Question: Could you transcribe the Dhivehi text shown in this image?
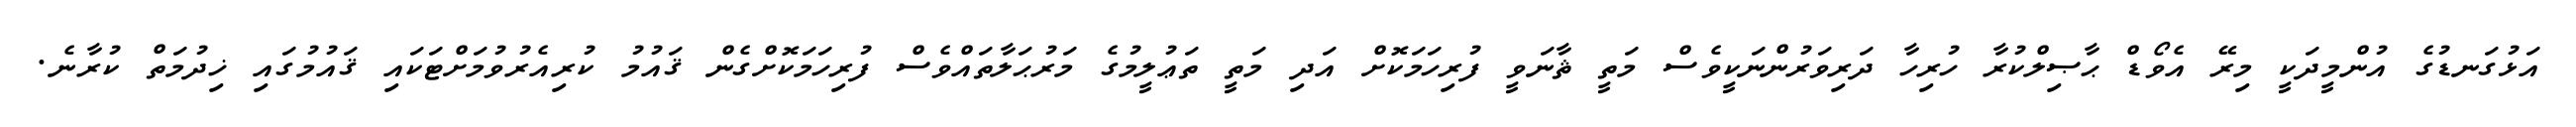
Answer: އަޅުގަނޑުގެ އުންމީދަކީ މިރޭ އެވޯޑް ޙާޞިލްކުރާ ހުރިހާ ދަރިވަރުންނަކީވެސް މަތީ ޘާނަވީ ފުރިހަމަކޮށް އަދި މަތީ ތަޢުލީމުގެ މަރުޙަލާތައްވެސް ފުރިހަމަކޮށްގެން ޤައުމު ކުރިއެރުވުމަށްޓަކައި ޤައުމުގައި ޚިދުމަތް ކުރާނެ.